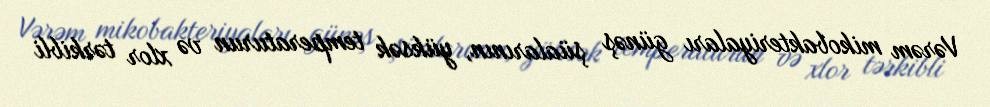
Vərəm mikobakteriyaları günəş şüalarının, yüksək temperaturun və xlor tərkibli